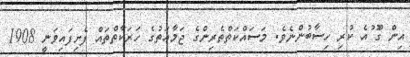
އިން ގަެޫ ުއެ ކުރި ހިސާބުންނެވެ. މަސައްކަތްތެރިންގެ ޖަމާޢަތުގެ ހަރަކާތްތައް ފެށިފައިވަނީ 1908